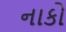
નાકો